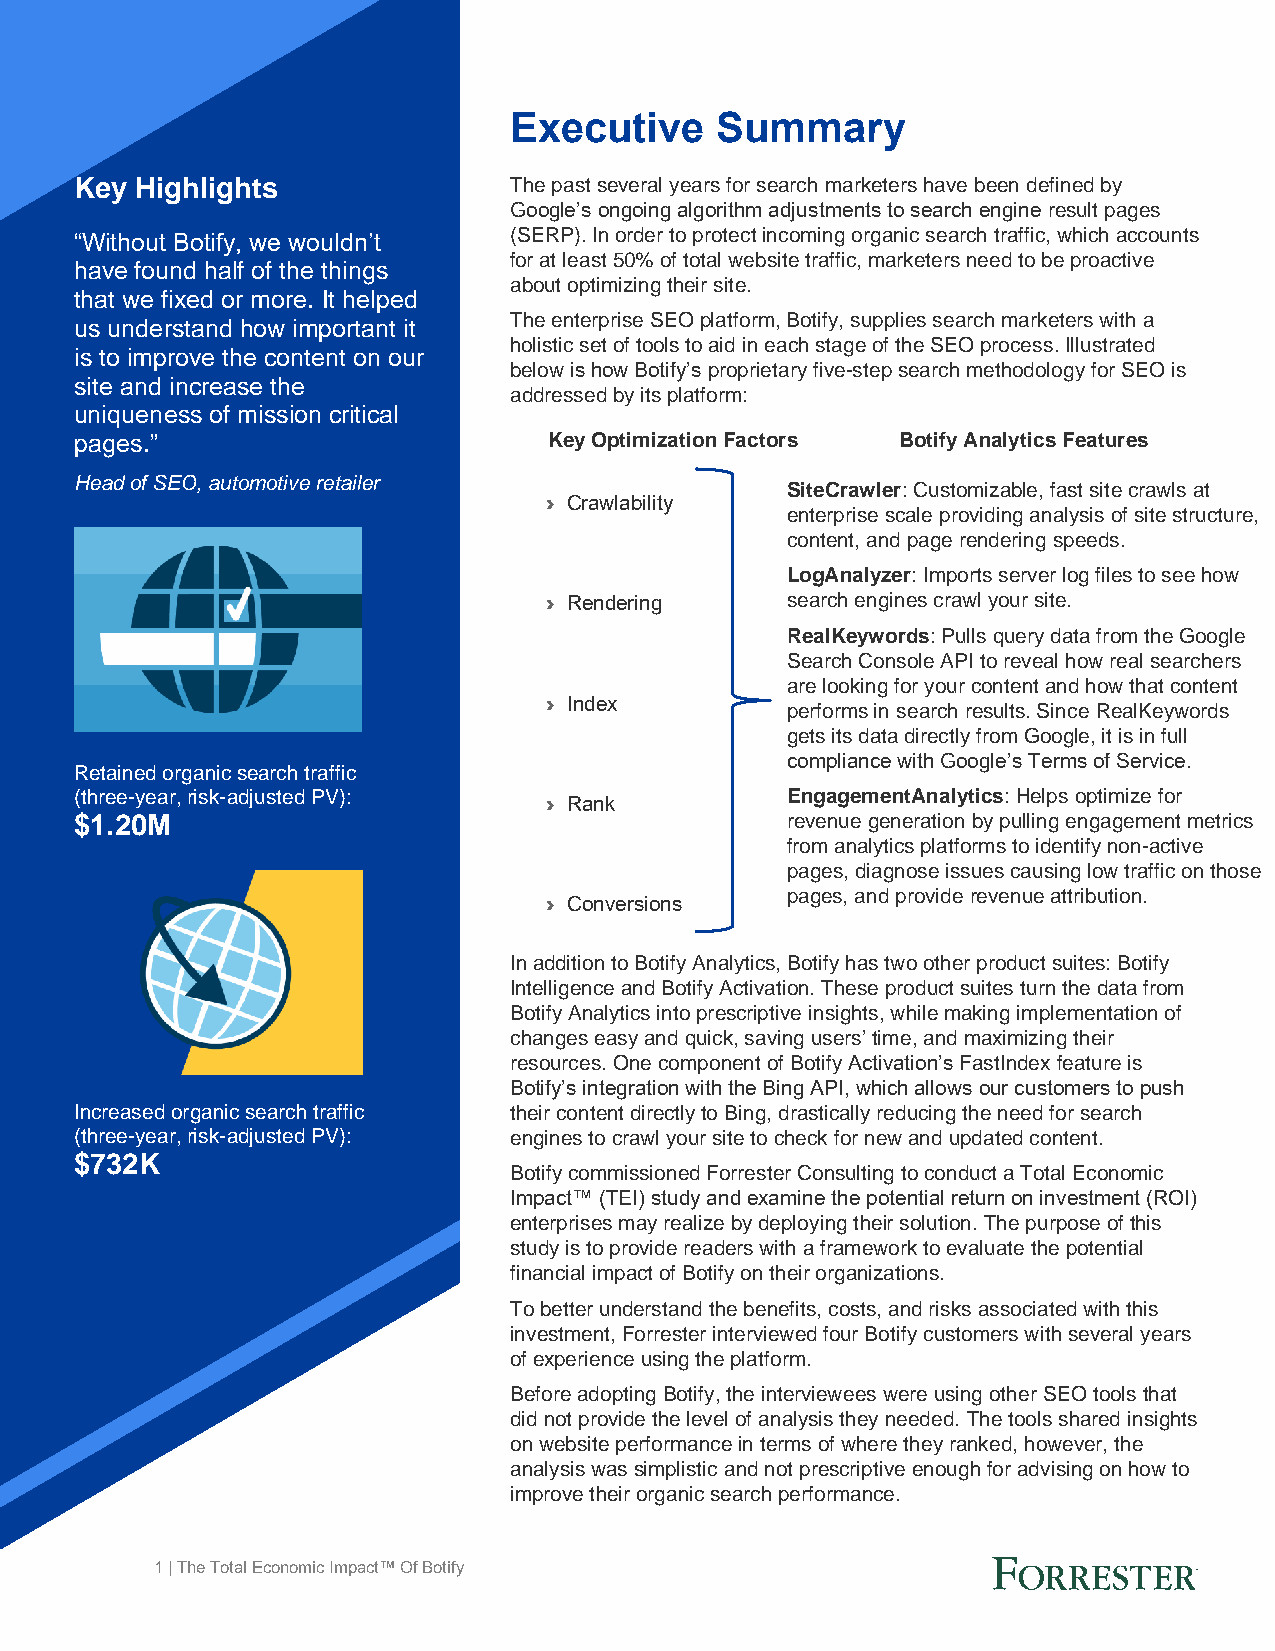
Executive    Summary
 Key Highlights               The past several years for search marketers have been defined by
 Google’s ongoing algorithm adjustments to search engine result pages
 “Without Botify, we wouldn’t (SERP). In order to protect incoming organic search traffic, which accounts
 for at least 50% of total website traffic, marketers need to be proactive
 have found half of the things
 about optimizing their site.
 that we fixed or more. It helped
 The enterprise SEO platform, Botify, supplies search marketers with a
 us understand how important it
 holistic set of tools to aid in each stage of the SEO process. Illustrated
 is to improve the content on our
 below is how Botify’s proprietary five-step search methodology for SEO is
 site and increase the
 addressed by its platform:
 uniqueness of mission critical
 pages.”                        Key Optimization Factors Botify Analytics Features
 Head of SEO, automotive retailer
 SiteCrawler: Customizable, fast site crawls at
 › Crawlability
 enterprise scale providing analysis of site structure,
 content, and page rendering speeds.
 LogAnalyzer: Imports server log files to see how
 › Rendering     search engines crawl your site.
 RealKeywords: Pulls query data from the Google
 Search Console API to reveal how real searchers
 are looking for your content and how that content
 › Index
 performs in search results. Since RealKeywords
 gets its data directly from Google, it is in full
 compliance with Google’s Terms of Service.
 Retained organic search traffic
 (three-year, risk-adjusted PV):                EngagementAnalytics: Helps optimize for
 › Rank
 $1.20M                                         revenue generation by pulling engagement metrics
 from analytics platforms to identify non-active
 pages, diagnose issues causing low traffic on those
 pages, and provide revenue attribution.
 › Conversions
 In addition to Botify Analytics, Botify has two other product suites: Botify
 Intelligence and Botify Activation. These product suites turn the data from
 Botify Analytics into prescriptive insights, while making implementation of
 changes easy and quick, saving users’ time, and maximizing their
 resources. One component of Botify Activation’s FastIndex feature is
 Botify’s integration with the Bing API, which allows our customers to push
 Increased organic search traffic their content directly to Bing, drastically reducing the need for search
 (three-year, risk-adjusted PV): engines to crawl your site to check for new and updated content.
 $732K
 Botify commissioned Forrester Consulting to conduct a Total Economic
 Impact™ (TEI) study and examine the potential return on investment (ROI)
 enterprises may realize by deploying their solution. The purpose of this
 study is to provide readers with a framework to evaluate the potential
 financial impact of Botify on their organizations.
 To better understand the benefits, costs, and risks associated with this
 investment, Forrester interviewed four Botify customers with several years
 of experience using the platform.
 Before adopting Botify, the interviewees were using other SEO tools that
 did not provide the level of analysis they needed. The tools shared insights
 on website performance in terms of where they ranked, however, the
 analysis was simplistic and not prescriptive enough for advising on how to
 improve their organic search performance.
 1 | The Total Economic Impact™ Of Botify